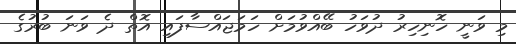
މި ވަނީ ހޮނިހިރު ދުވަހު ބޭއްވުމަށް ހަމަޖައްސާފައި އޮތް ދެ ވަނަ ބުރުގެ